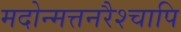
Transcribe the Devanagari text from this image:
मदोन्मत्तनरैश्‍चापि